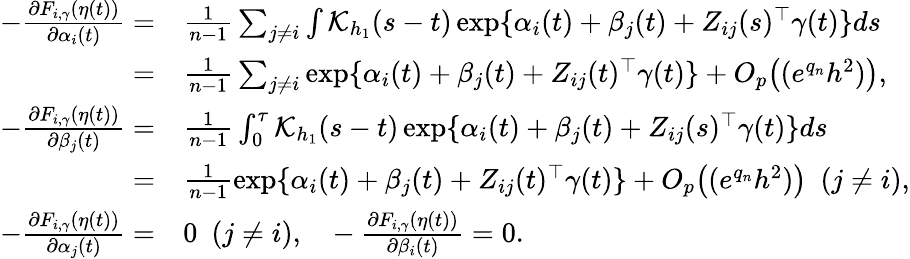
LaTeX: \begin{array}{rl}{-\frac{\partial F_{i,\gamma}(\eta(t))}{\partial\alpha_{i}(t)}=}&{\frac{1}{n-1}\sum_{j\neq i}\int\mathcal{K}_{h_{1}}(s-t)\exp\{ \alpha_{i}(t)+\beta_{j}(t)+Z_{ij}(s)^{\top}\gamma(t)\} ds}\\ {=}&{\frac{1}{n-1}\sum_{j\neq i}\exp\{ \alpha_{i}(t)+\beta_{j}(t)+Z_{ij}(t)^{\top}\gamma(t)\} +O_{p}\big((e^{q_{n}}h^{2})\big),}\\ {-\frac{\partial F_{i,\gamma}(\eta(t))}{\partial\beta_{j}(t)}=}&{\frac{1}{n-1}\int_{0}^{\tau}\mathcal{K}_{h_{1}}(s-t)\exp\{ \alpha_{i}(t)+\beta_{j}(t)+Z_{ij}(s)^{\top}\gamma(t)\} ds}\\ {=}&{\frac{1}{n-1}\exp\{ \alpha_{i}(t)+\beta_{j}(t)+Z_{ij}(t)^{\top}\gamma(t)\} +O_{p}\big((e^{q_{n}}h^{2})\big)~~(j\neq i),}\\ {-\frac{\partial F_{i,\gamma}(\eta(t))}{\partial\alpha_{j}(t)}=}&{0~~(j\neq i),~~~-\frac{\partial F_{i,\gamma}(\eta(t))}{\partial\beta_{i}(t)}=0.}\end{array}